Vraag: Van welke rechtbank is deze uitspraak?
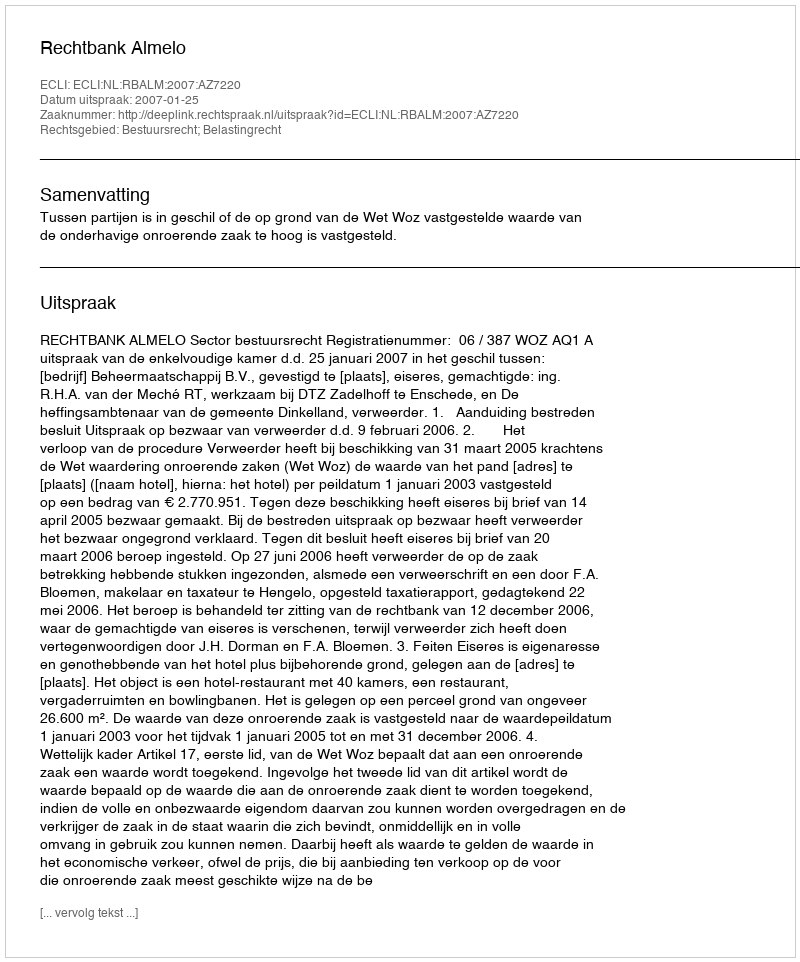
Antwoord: Rechtbank Almelo